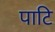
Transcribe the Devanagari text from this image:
पाटि